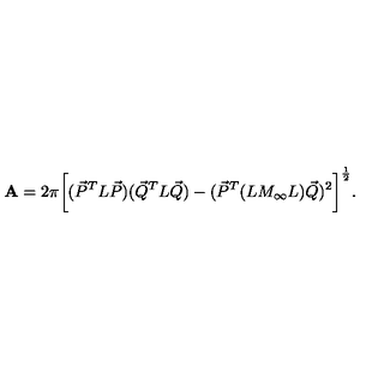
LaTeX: { \bf A } = 2 \pi \bigg [ ( { \vec { P } } ^ { T } L { \vec { P } } ) ( { \vec { Q } } ^ { T } L { \vec { Q } } ) - ( { \vec { P } } ^ { T } { ( L M _ { \infty } L ) } { \vec { Q } } ) ^ { 2 } \bigg ] ^ { \frac { 1 } { 2 } } .